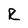
Character: R